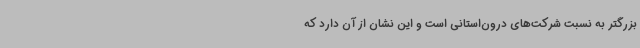
بزرگتر به نسبت شرکت‌های درون‌استانی است و این نشان از آن دارد که